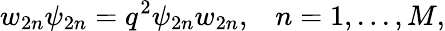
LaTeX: w_{2n}\psi_{2n}=q^{2}\psi_{2n}w_{2n},\; \; \; n=1,...,M,